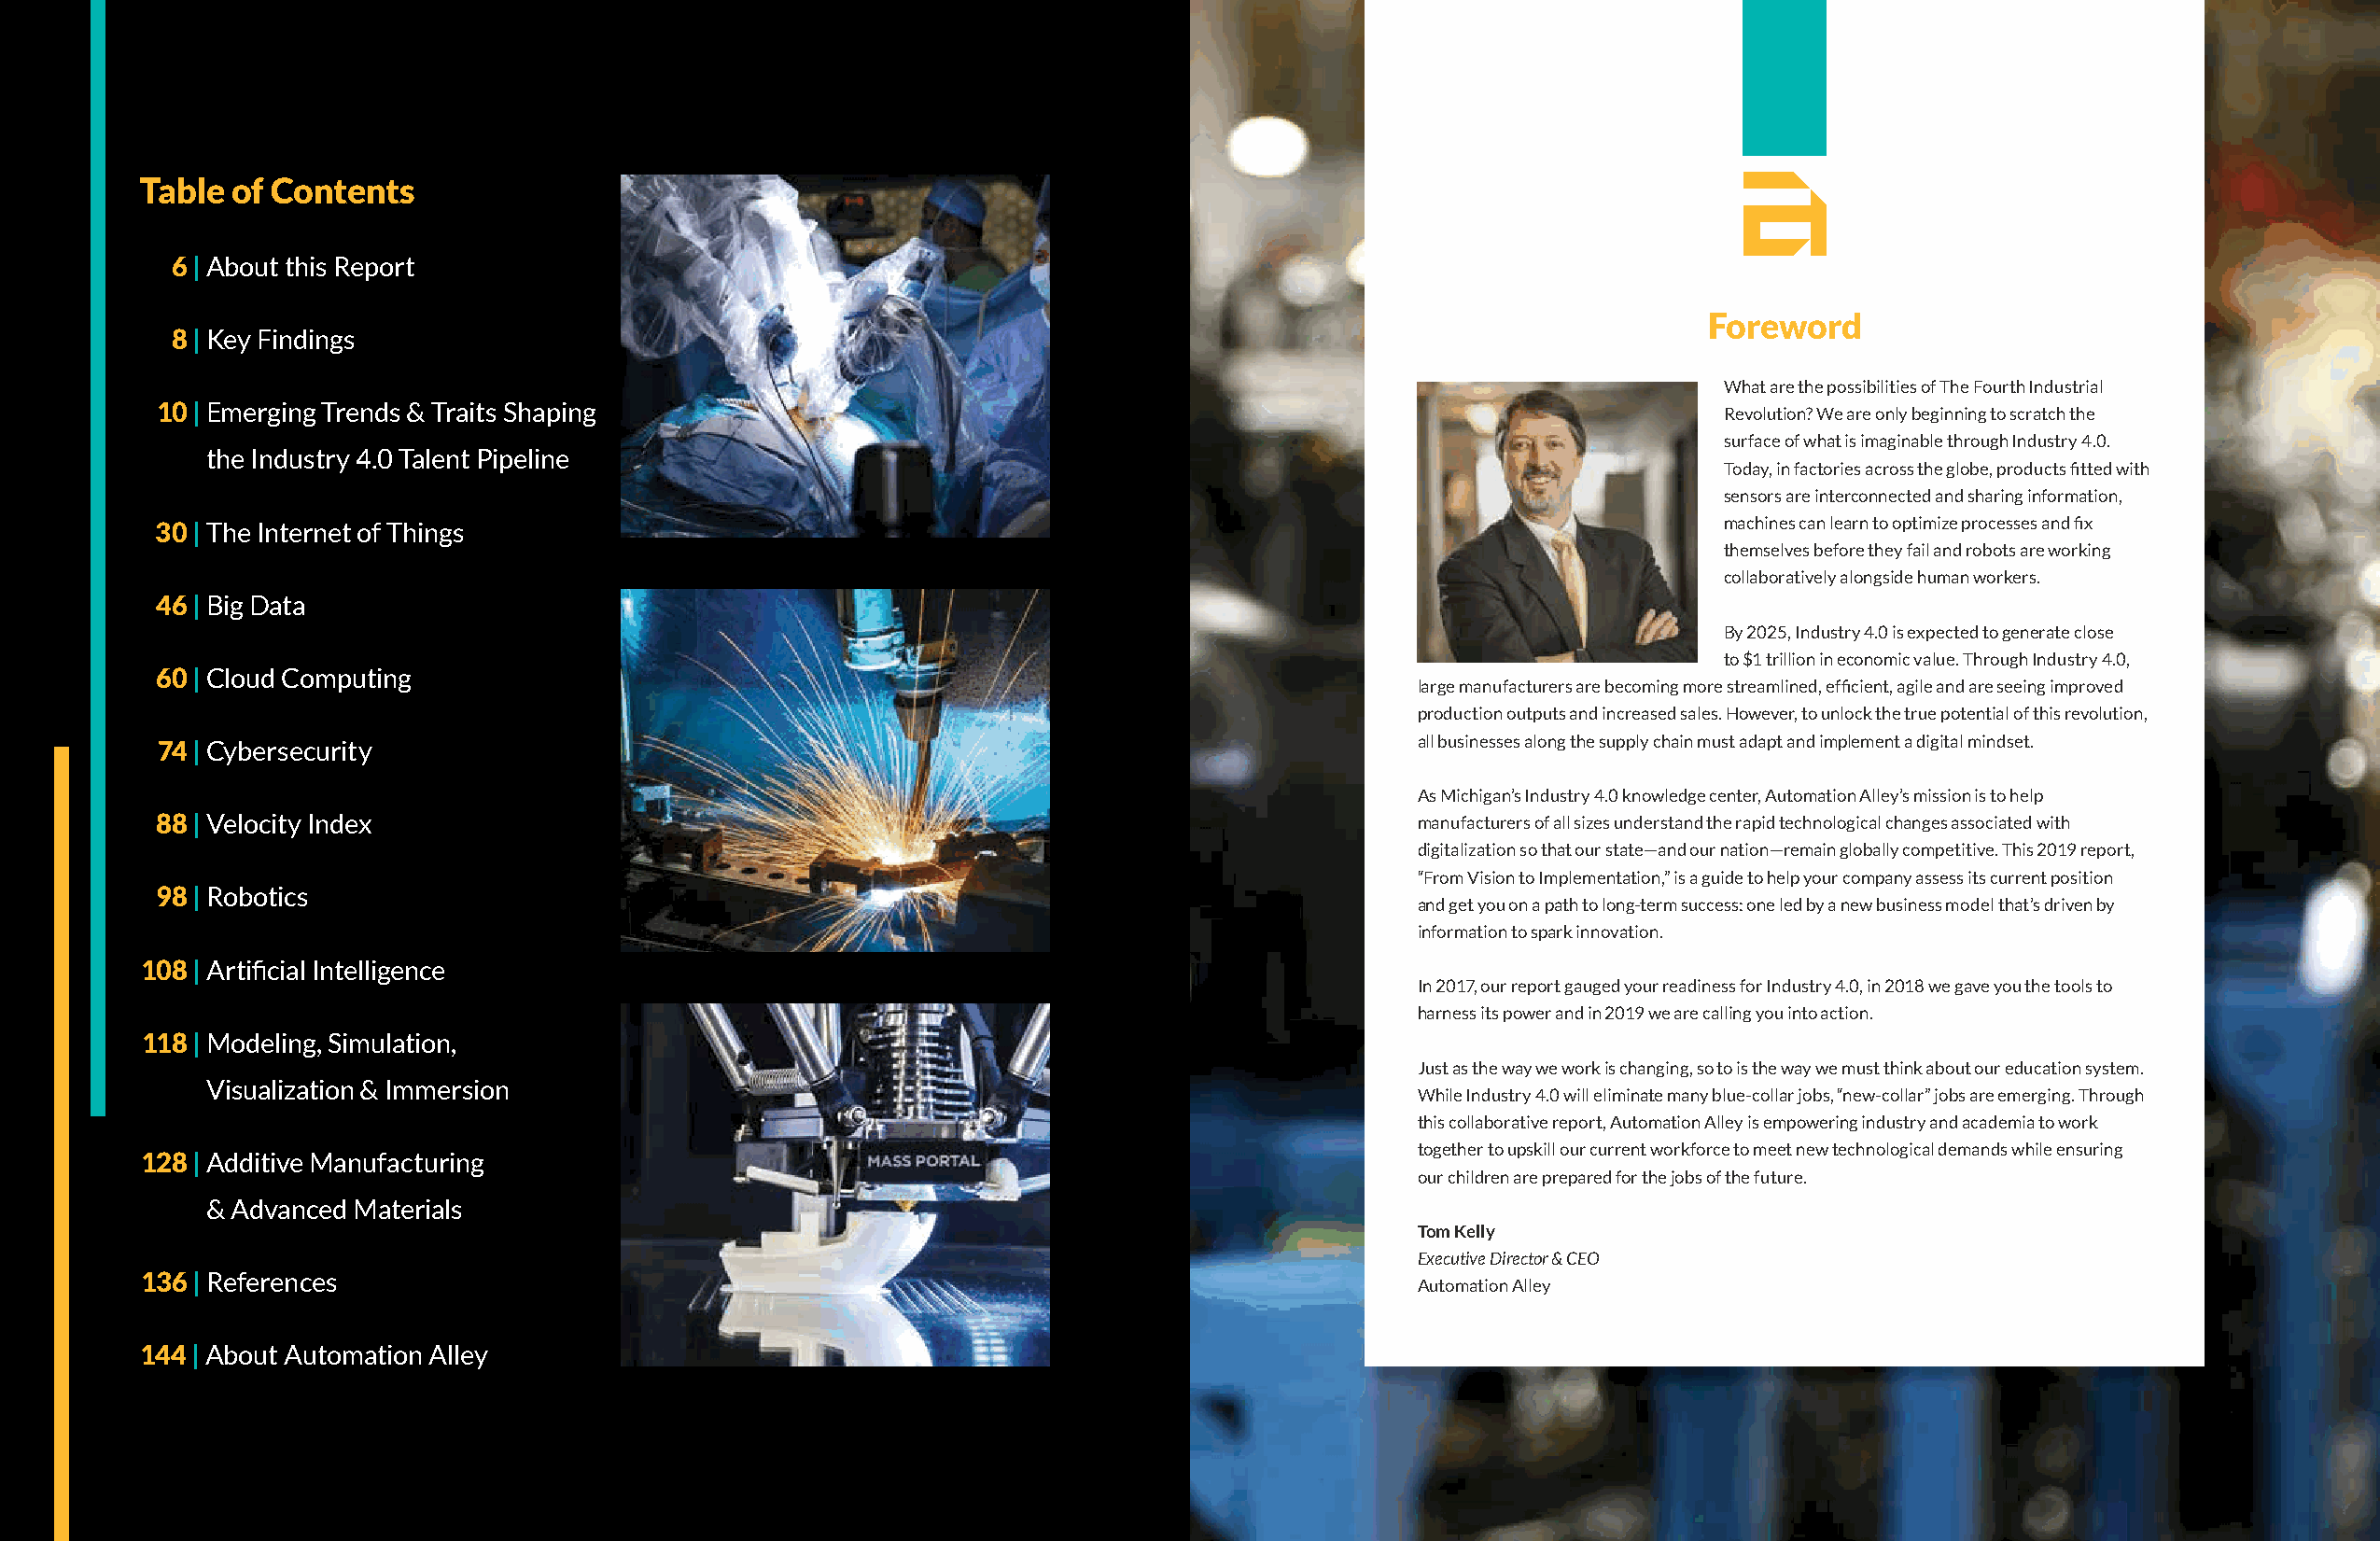
Table of Contents
 6 | About this Report
 Foreword
 8 | Key Findings
 What are the possibilities of The Fourth Industrial
 10 | Emerging Trends & Traits Shaping
 Revolution? We are only beginning to scratch the
 surface of what is imaginable through Industry 4.0.
 the Industry 4.0 Talent Pipeline
 Today, in factories across the globe, products fi tted with
 sensors are interconnected and sharing information,
 30 | The Internet of Things                                                                                    machines can learn to optimize processes and fi x
 themselves before they fail and robots are working
 collaboratively alongside human workers.
 46 | Big Data
 By 2025, Industry 4.0 is expected to generate close
 to $1 trillion in economic value. Through Industry 4.0,
 60 | Cloud Computing
 large manufacturers are becoming more streamlined, effi cient, agile and are seeing improved
 production outputs and increased sales. However, to unlock the true potential of this revolution,
 74 | Cybersecurity                                                                        all businesses along the supply chain must adapt and implement a digital mindset.
 As Michigan’s Industry 4.0 knowledge center, Automation Alley’s mission is to help
 88 | Velocity Index                                                                       manufacturers of all sizes understand the rapid technological changes associated with
 digitalization so that our state—and our nation—remain globally competitive. This 2019 report,
 “From Vision to Implementation,” is a guide to help your company assess its current position
 98 | Robotics
 and get you on a path to long-term success: one led by a new business model that’s driven by
 information to spark innovation.
 108 | Artifi cial Intelligence
 In 2017, our report gauged your readiness for Industry 4.0, in 2018 we gave you the tools to
 harness its power and in 2019 we are calling you into action.
 118 | Modeling, Simulation,
 Just as the way we work is changing, so to is the way we must think about our education system.
 Visualization & Immersion
 While Industry 4.0 will eliminate many blue-collar jobs, “new-collar” jobs are emerging. Through
 this collaborative report, Automation Alley is empowering industry and academia to work
 together to upskill our current workforce to meet new technological demands while ensuring
 128 | Additive Manufacturing
 our children are prepared for the jobs of the future.
 & Advanced Materials
 Tom Kelly
 Executive Director & CEO
 136 | References
 Automation Alley
 144 | About Automation Alley